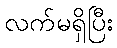
လက်မရှိပြီး